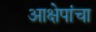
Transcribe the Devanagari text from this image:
आक्षेपांचा